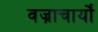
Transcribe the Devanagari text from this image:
वज्राचार्यों